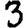
Digit: 3